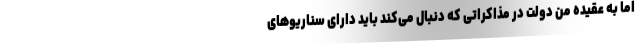
اما به عقیده من دولت در مذاکراتی که دنبال می‌کند باید دارای سناریوهای